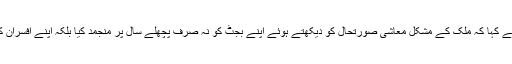
انہوں نے پاک فوج کی تعریف کرتے ہوئے کہا کہ ملک کے مشکل معاشی صورتحال کو دیکھتے ہوئے اپنے بجٹ کو نہ صرف پچھلے سال پر منجمد کیا بلکہ اپنے افسران کی تنخواہیں نہ بڑھانے کا بھی فیصلہ کیا۔